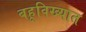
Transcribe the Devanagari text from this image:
बहूविख्यात